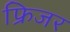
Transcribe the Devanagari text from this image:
फ्रिजर